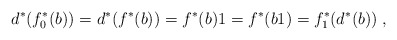
\begin{align*}d^*(f_0^*(b))=d^*(f^*(b))=f^*(b)1=f^*(b1)=f_1^*(d^*(b))\;,\end{align*}